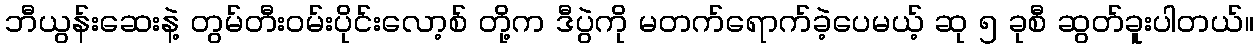
ဘီယွန်းဆေးနဲ့ တွမ်တီးဝမ်းပိုင်းလော့စ် တို့က ဒီပွဲကို မတက်ရောက်ခဲ့ပေမယ့် ဆု ၅ ခုစီ ဆွတ်ခူးပါတယ်။